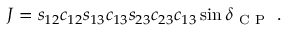
J = s _ { 1 2 } c _ { 1 2 } s _ { 1 3 } c _ { 1 3 } s _ { 2 3 } c _ { 2 3 } c _ { 1 3 } \sin \delta _ { \mathrm { ~ C ~ P ~ } } \; .